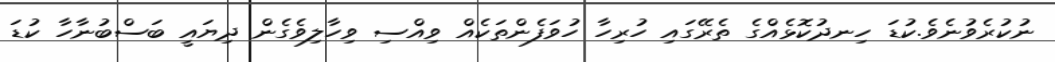
ނުކުރެވުނެވެ.ކުޑަ ހިނދުކޮޅެއްގެ ތެރޭގައި ހުރިހާ ހުވަފެންތަކެއް ވިއްސި ވިހާލިވެގެން ދިޔައީ ބަސްބުނާހާ ކުޑަ